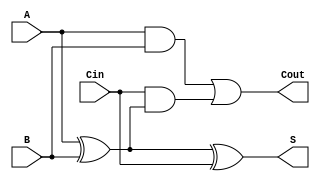
module full_adder (
    input wire A,      // First input bit
    input wire B,      // Second input bit
    input wire Cin,    // Carry-in bit
    output wire S,     // Sum output
    output wire Cout   // Carry-out output
);

// Internal signals
wire A_xor_B;

// Sum calculation
assign A_xor_B = A ^ B;  // A XOR B
assign S = A_xor_B ^ Cin; // S = A XOR B XOR Cin

// Carry-out calculation
assign Cout = (A & B) | (Cin & A_xor_B); // Cout = (A AND B) OR (Cin AND (A XOR B))

endmodule